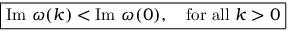
\boxed { \mathrm { I m } \ \omega ( k ) < \mathrm { I m } \ \omega ( 0 ) , \quad \mathrm { f o r \ a l l \ } k > 0 }